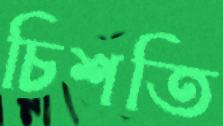
চিশতি